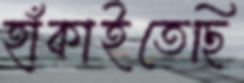
হাঁকাইতেছি